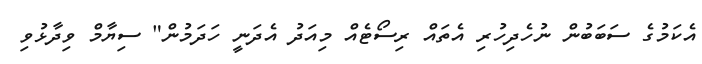
އެކަމުގެ ސަބަބުން ނުހެދިހުރި އެތައް ރިސޯޓެއް މިއަދު އެދަނީ ހަދަމުން" ސިޔާމް ވިދާޅުވި